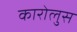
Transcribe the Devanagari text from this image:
कारोलुस